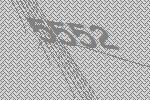
5552